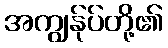
အကျွန်ုပ်တို့၏